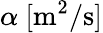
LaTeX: \alpha\ [\mathrm{m^{2}/s}]